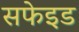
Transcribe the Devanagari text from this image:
सफेइड